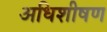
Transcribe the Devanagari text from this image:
अधिशीषण